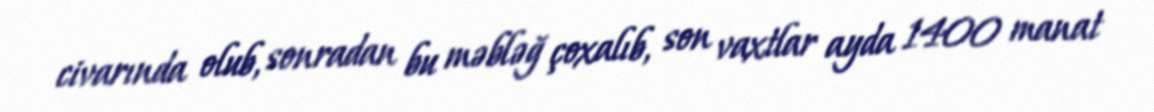
civarında olub, sonradan bu məbləğ çoxalıb, son vaxtlar ayda 1400 manat